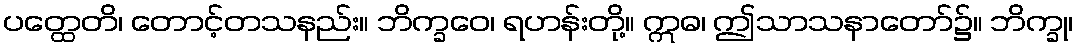
ပတ္ထေတိ၊ တောင့်တသနည်း။ ဘိက္ခဝေ၊ ရဟန်းတို့။ ဣဓ၊ ဤသာသနာတော်၌။ ဘိက္ခု၊